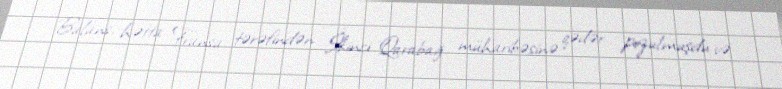
Balans, hətta Fransa tərəfindən İkinci Qarabağ müharibəsinə qədər pozulmuşdu və